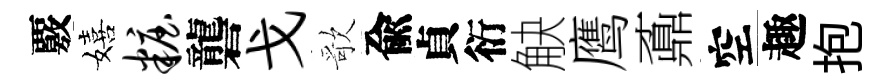
覈嬉妆礱戈歌兪貞衍觖鹰鼒空趣抱